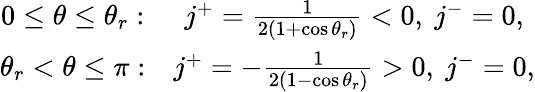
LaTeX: \begin{array}{cc}{0\leq\theta\leq\theta_{r}:}&{j^{+}=\frac{1}{2\left(1+\cos\theta_{r}\right)}<0,\ j^{-}=0,}\\ {\theta_{r}<\theta\leq\pi:}&{j^{+}=-\frac{1}{2\left(1-\cos\theta_{r}\right)}>0,\ j^{-}=0,}\end{array}